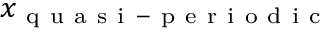
x _ { \mathrm { ~ q ~ u ~ a ~ s ~ i ~ - ~ p ~ e ~ r ~ i ~ o ~ d ~ i ~ c ~ } }